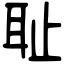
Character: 耻